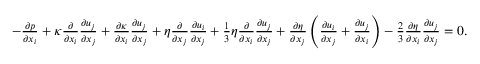
\begin{array} { r } { - \frac { \partial p } { \partial x _ { i } } + \kappa \frac { \partial } { \partial x _ { i } } \frac { \partial u _ { j } } { \partial x _ { j } } + \frac { \partial \kappa } { \partial x _ { i } } \frac { \partial u _ { j } } { \partial x _ { j } } + \eta \frac { \partial } { \partial x _ { j } } \frac { \partial u _ { i } } { \partial x _ { j } } + \frac { 1 } { 3 } \eta \frac { \partial } { \partial x _ { i } } \frac { \partial u _ { j } } { \partial x _ { j } } + \frac { \partial \eta } { \partial x _ { j } } \left( \frac { \partial u _ { i } } { \partial x _ { j } } + \frac { \partial u _ { j } } { \partial x _ { i } } \right) - \frac { 2 } { 3 } \frac { \partial \eta } { \partial x _ { i } } \frac { \partial u _ { j } } { \partial x _ { j } } = 0 . } \end{array}